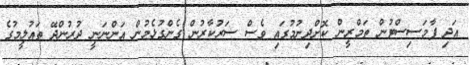
އަދި ފާމަސިސްޓުން ތަމްރީން ކޮށްދިނުމުގައި ވެސް ސަރުކާރުން ގެންގުޅެމުން އަންނަނީ ދުރުންދޭ ތައުލީމުގެ